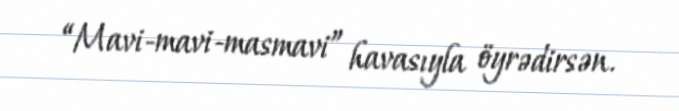
“Mavi-mavi-masmavi” havasıyla öyrədirsən.